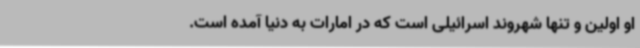
او اولین و تنها شهروند اسرائیلی است که در امارات به دنیا آمده است.